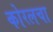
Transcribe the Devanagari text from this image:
कोरलचा